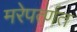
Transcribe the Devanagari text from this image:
मरेपर्त्णत